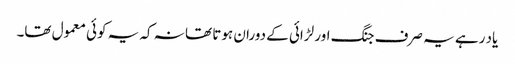
یاد رہے یہ صرف جنگ اور لڑائی کے دوران ہوتا تھا نہ کہ یہ کوئی معمول تھا۔